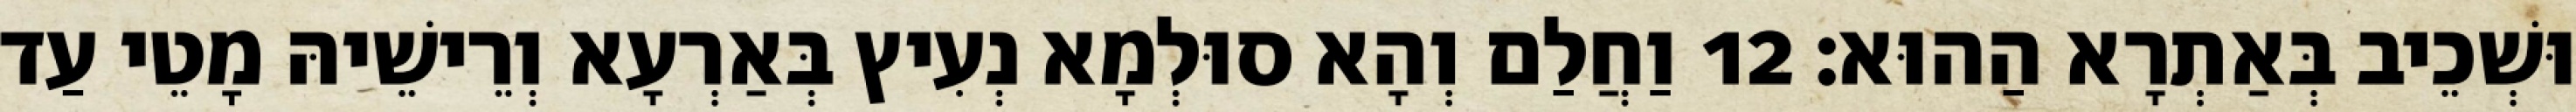
וּשְׁכֵיב בְּאַתְרָא הַהוּא׃ 12 וַחֲלַם וְהָא סוּלְמָא נְעִיץ בְּאַרְעָא וְרֵישֵׁיהּ מָטֵי עַד